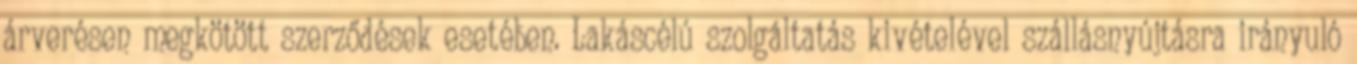
árverésen megkötött szerződések esetében. Lakáscélú szolgáltatás kivételével szállásnyújtásra irányuló